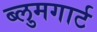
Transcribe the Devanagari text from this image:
ब्लुमगार्ट